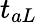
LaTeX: t_{aL}